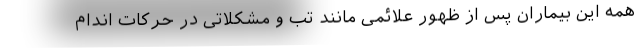
همه این بیماران پس از ظهور علائمی مانند تب و مشکلاتی در حرکات اندام